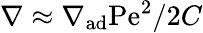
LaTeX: \nabla\approx\nabla_{\mathrm{ad}}\mathrm{Pe}^{2}/2C